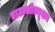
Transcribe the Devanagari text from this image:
डाटासोल्यूशन